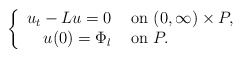
\begin{align*}\left\{\begin{array}{rl}u_t-Lu=0 & \hbox{ on } (0,\infty)\times P,\\ u(0) = \Phi_l& \hbox{ on } P. \end{array} \right.\end{align*}